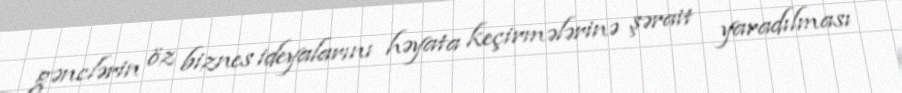
gənclərin öz biznes ideyalarını həyata keçirmələrinə şərait yaradılması